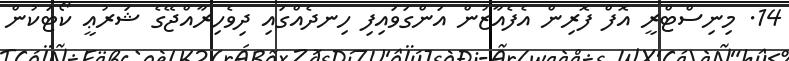
14. މިނިސްޓްރީ އޮފް ފޮރިން އެފެއާޒުން އަންގަވައިފި ހިނދެއްގައި ދިވެހިރާއްޖޭގެ ޝަރުޢީ ކޯޓަކުން